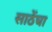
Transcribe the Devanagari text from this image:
साठेंचा